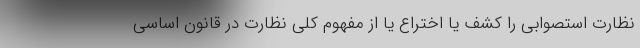
نظارت استصوابی را کشف یا اختراع یا از مفهوم کلی نظارت در قانون اساسی